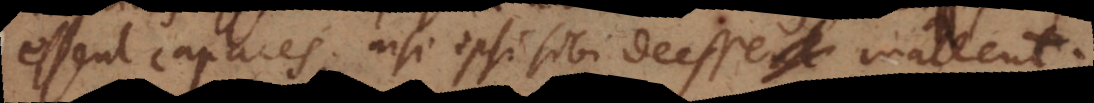
essent capaces, nisi ipsi sibi deesse mallent.